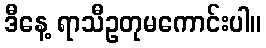
ဒီနေ့ ရာသီဥတုမကောင်းပါ။